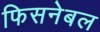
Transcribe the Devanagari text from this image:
फिसनेबल